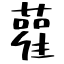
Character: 雚